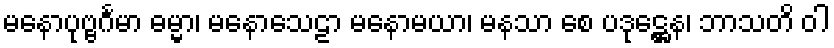
မနောပုဗ္ဗင်္ဂမာ ဓမ္မာ၊ မနောသေဠာ မနောမယာ၊ မနသာ စေ ပဒုဋ္ဌေန၊ ဘာသတိ ဝါ